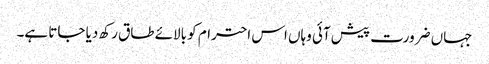
جہاں ضرورت پیش آئی وہاں اس احترام کو بالائے طاق رکھ دیا جاتا ہے۔